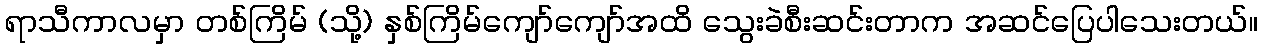
ရာသီကာလမှာ တစ်ကြိမ် (သို့) နှစ်ကြိမ်ကျော်ကျော်အထိ သွေးခဲစီးဆင်းတာက အဆင်ပြေပါသေးတယ်။